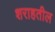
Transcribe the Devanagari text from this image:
शराहतील